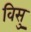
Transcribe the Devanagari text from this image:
विसु